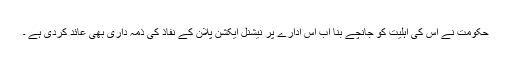
حکومت نے اس کی اہلیت کو جانچے بنا اب اس ادارے پر نیشنل ایکشن پلان کے نفاذ کی ذمہ داری بھی عائد کردی ہے ۔